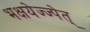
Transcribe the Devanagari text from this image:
भक्षयेज्ज्पेत्